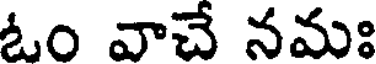
ఓం వాచే నమః